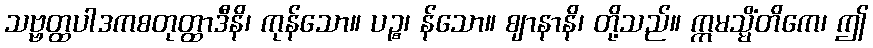
သဗ္ဗတ္ထပါဒကစတုတ္ထာဒီနိ၊ ကုန်သော။ ပဉ္စ၊ န်သော။ ဈာနာနိ၊ တို့သည်။ ဣမသ္မိံတိကေ၊ ဤ